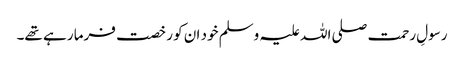
رسولِ رحمت صلی اللہ علیہ وسلم خود ان کو رخصت فرما رہے تھے۔